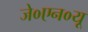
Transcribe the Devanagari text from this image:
जे०एन०यू